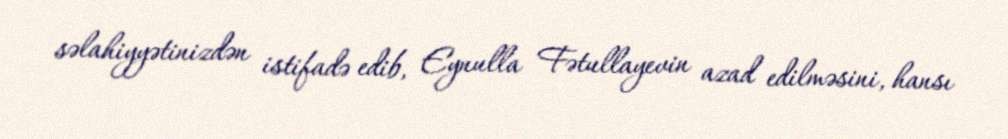
səlahiyyətinizdən istifadə edib, Eynulla Fətullayevin azad edilməsini, hansı